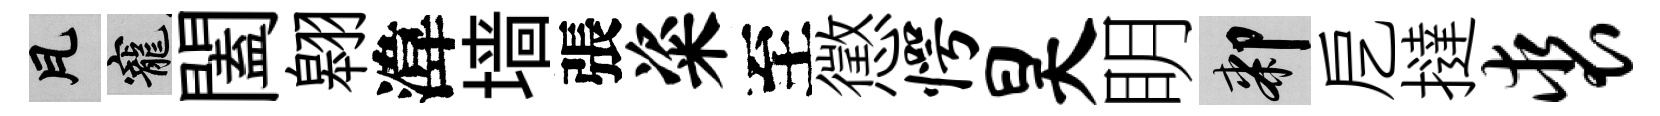
瓦寵闔翱湋墙張粢至懲愕昊眀膝戹撻裘